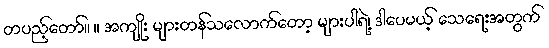
တပည့်တော်။ ။ အကျိုး များတန်သလောက်တော့ များပါရဲ့၊ ဒါပေမယ့် သေရေးအတွက်